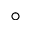
\circ